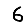
Digit: 6